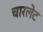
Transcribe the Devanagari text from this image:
चारलेट